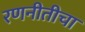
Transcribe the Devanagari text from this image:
रणनीतीचा